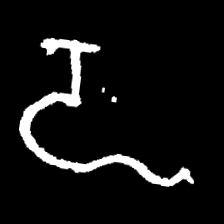
Pyu character \u2014 Myanmar letter: ဍ (romanized: dda)